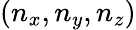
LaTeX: (n_{x},n_{y},n_{z})